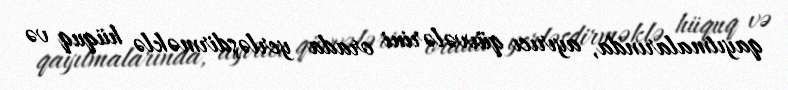
qayıtmalarında, ayırıcı qüvvələrini orada yerləşdirməklə hüquq və